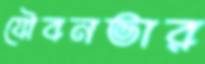
যৌবনভার